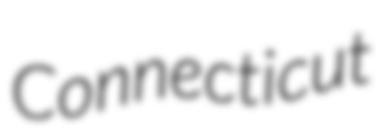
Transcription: Connecticut